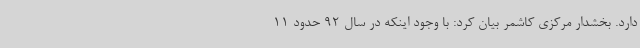
دارد. بخشدار مرکزی کاشمر بیان کرد: با وجود اینکه در سال 92 حدود 11